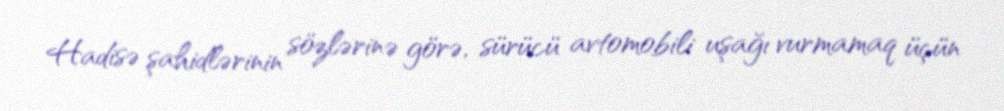
Hadisə şahidlərinin sözlərinə görə, sürücü avtomobili uşağı vurmamaq üçün